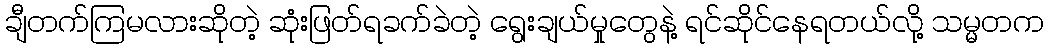
ချီတက်ကြမလားဆိုတဲ့ ဆုံးဖြတ်ရခက်ခဲတဲ့ ရွေးချယ်မှုတွေနဲ့ ရင်ဆိုင်နေရတယ်လို့ သမ္မတက